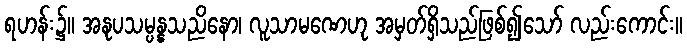
ရဟန်း၌။ အနုပသမ္ပန္နသညိနော၊ လူသာမဏေဟု အမှတ်ရှိသည်ဖြစ်၍သော် လည်းကောင်း။